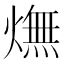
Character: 㷻